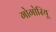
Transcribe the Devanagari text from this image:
गोगोरियू